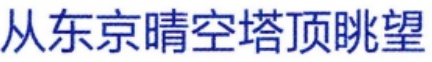
从东京晴空塔顶眺望